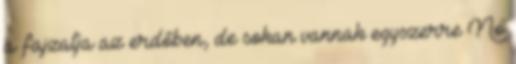
a fajzatja az erdőben, de sokan vannak egyszerre No